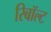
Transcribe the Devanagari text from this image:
रिबॉल्ट